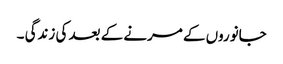
جانوروں کے مرنے کے بعد کی زندگی ۔